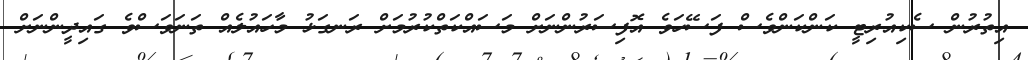
އިތުރުން ސެކިއުރިޓީ ކަންކަންވެސް ފަސޭހަވެ އޮފިސަރުންނަށް މަސައްކަތްކުރުމަށް ރަނގަޅު މާހައުލެއް ތަނަވަސްވެ ގައިދީންނަށް